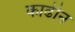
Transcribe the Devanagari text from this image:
काढीन